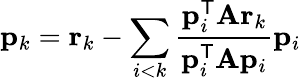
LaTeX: \mathbf{p}_{k}=\mathbf{r}_{k}-\sum_{i<k}{\frac{\mathbf{p}_{i}^{\mathsf{T}}\mathbf{A}\mathbf{r}_{k}}{\mathbf{p}_{i}^{\mathsf{T}}\mathbf{A}\mathbf{p}_{i}}}\mathbf{p}_{i}